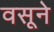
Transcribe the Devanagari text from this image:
वसूने